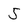
Character: 5